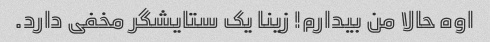
اوه حالا من بیدارم! زینا یک ستایشگر مخفی دارد.